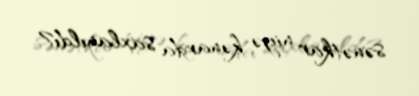
sənətkar niyə kənarda saxlanıldı?.